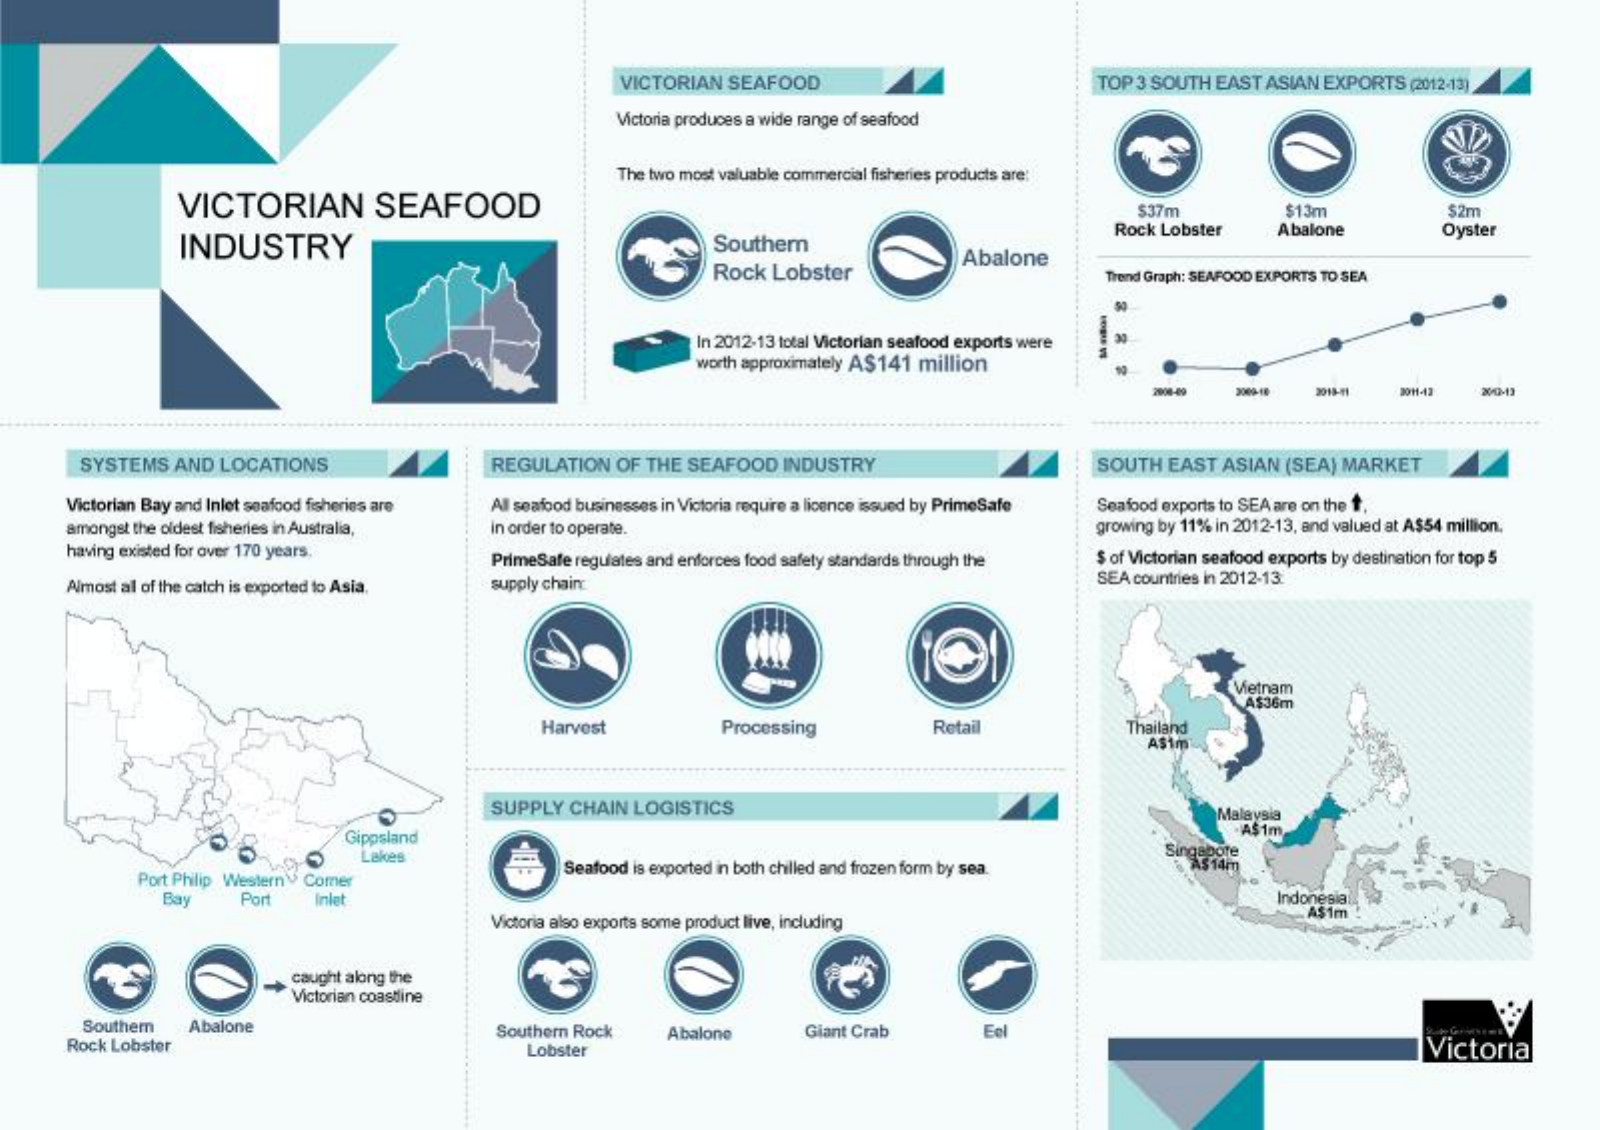
VICTORIAN SEAFOOD    TOP 3 SOUTH EAST ASIAN EXPORTS (2012-13)
     Victoria produces a wide range of seafood
     The two most valuable commercial fisheries products are:
     VICTORIAN    SEAFOOD    $37m    $13m    $2m
     INDUSTRY    Southern
     Rock Lobster   Abalone    Oyster
     Rock Lobster
     Abalone
     Trend Graph: SEAFOOD EXPORTS TO SEA
     In 2012-13 total Victorian seafood exports were
     worth approximately A$141 million
     2006-19 2009-18    20/02-13
     SYSTEMS AND  LOCATIONS    REGULATION OF THE SEAFOOD  INDUSTRY    SOUTH  EAST ASIAN (SEA) MARKET
     Victorian Bay and Inlet seafood fisheries are All seafood businesses in Victoria require a licence issued by PrimeSafe Seafood exports to SEA are on the 1
     amongst the oldest fisheries in Australia, in order to operate.    growing by 11% in 2012-13, and valued at A$54 million.
     having existed for over 170 years.    PrimeSafe regulates and enforces food safety standards through the $ of Victorian seafood exports by destination for top 5
     Almost al of the catch is exported to Asia. supply chain    SEA countries in 2012-13.
     Vietnam
     A$36m
     Harvest    Processing    Retail    Thailand
     A$1m
     SUPPLY CHAIN LOGISTICS    Malaysia
     Gippsland    A$ 1m
     Lakes    Singapore
     ÀS 14m
     Port Philip Western' Comer
     Seafood is exported in both chilled and frozen form by sea.
     Bay    Port   Inlet    Indonesia
     Victoria also exports some product live, including
     A$1m
     caught along the
     Victorian coastline
     Southern  Abalone
     Rock Lobster
     Southern Rock  Abalone    Giant Crab    Eel
     Lobster    Victoria